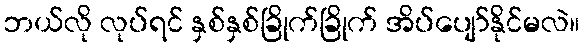
ဘယ်လို လုပ်ရင် နှစ်နှစ်ခြိုက်ခြိုက် အိပ်ပျော်နိုင်မလဲ။